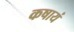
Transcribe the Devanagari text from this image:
कषायं